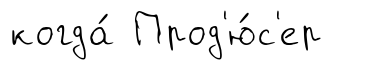
когда́ Прод'ю́с'ер